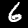
Digit: 6